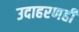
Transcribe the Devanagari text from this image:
उदाहरणही